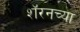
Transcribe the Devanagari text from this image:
शॅरनच्या